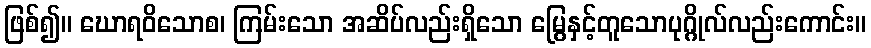
ဖြစ်၍။ ဃောရဝိသောစ၊ ကြမ်းသော အဆိပ်လည်းရှိသော မြွေနှင့်တူသောပုဂ္ဂိုလ်လည်းကောင်း။